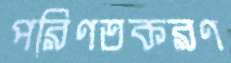
পরিণতকরণ